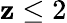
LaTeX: \mathbf{z}\le2